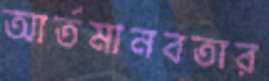
আর্তমানবতার